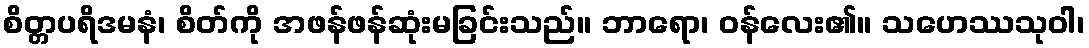
စိတ္တပရိဒမနံ၊ စိတ်ကို အဖန်ဖန်ဆုံးမခြင်းသည်။ ဘာရော၊ ဝန်လေး၏။ သဟေဿသုဝါ၊